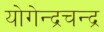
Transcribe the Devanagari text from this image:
योगेन्द्रचन्द्र